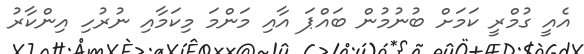
އެއީ ގުމްރީ ކަމަށް ބުނުމުން ބައްޕަ އާއި މަންމަ މިކަމާއި ނުރުހި އިންކާރު